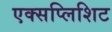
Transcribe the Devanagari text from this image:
एक्सप्लिशिट